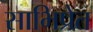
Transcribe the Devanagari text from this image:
साभिप्रेत